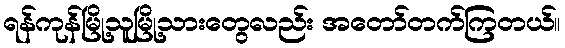
ရန်ကုန်မြို့သူမြို့သားတွေလည်း အတော်တက်ကြတယ်။